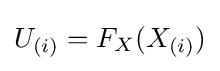
U_{(i)}=F_{X}(X_{(i)})